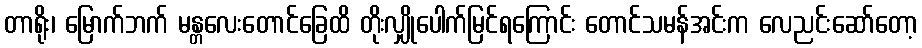
တာရိုး၊ မြောက်ဘက် မန္တလေးတောင်ခြေထိ တိုးလျှိုပေါက်မြင်ရကြောင်း တောင်သမန်အင်းက လေညင်းဆော်တော့